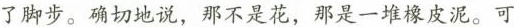
它分明义是花，瓣展，鲜艳滴。增橡皮泥。可